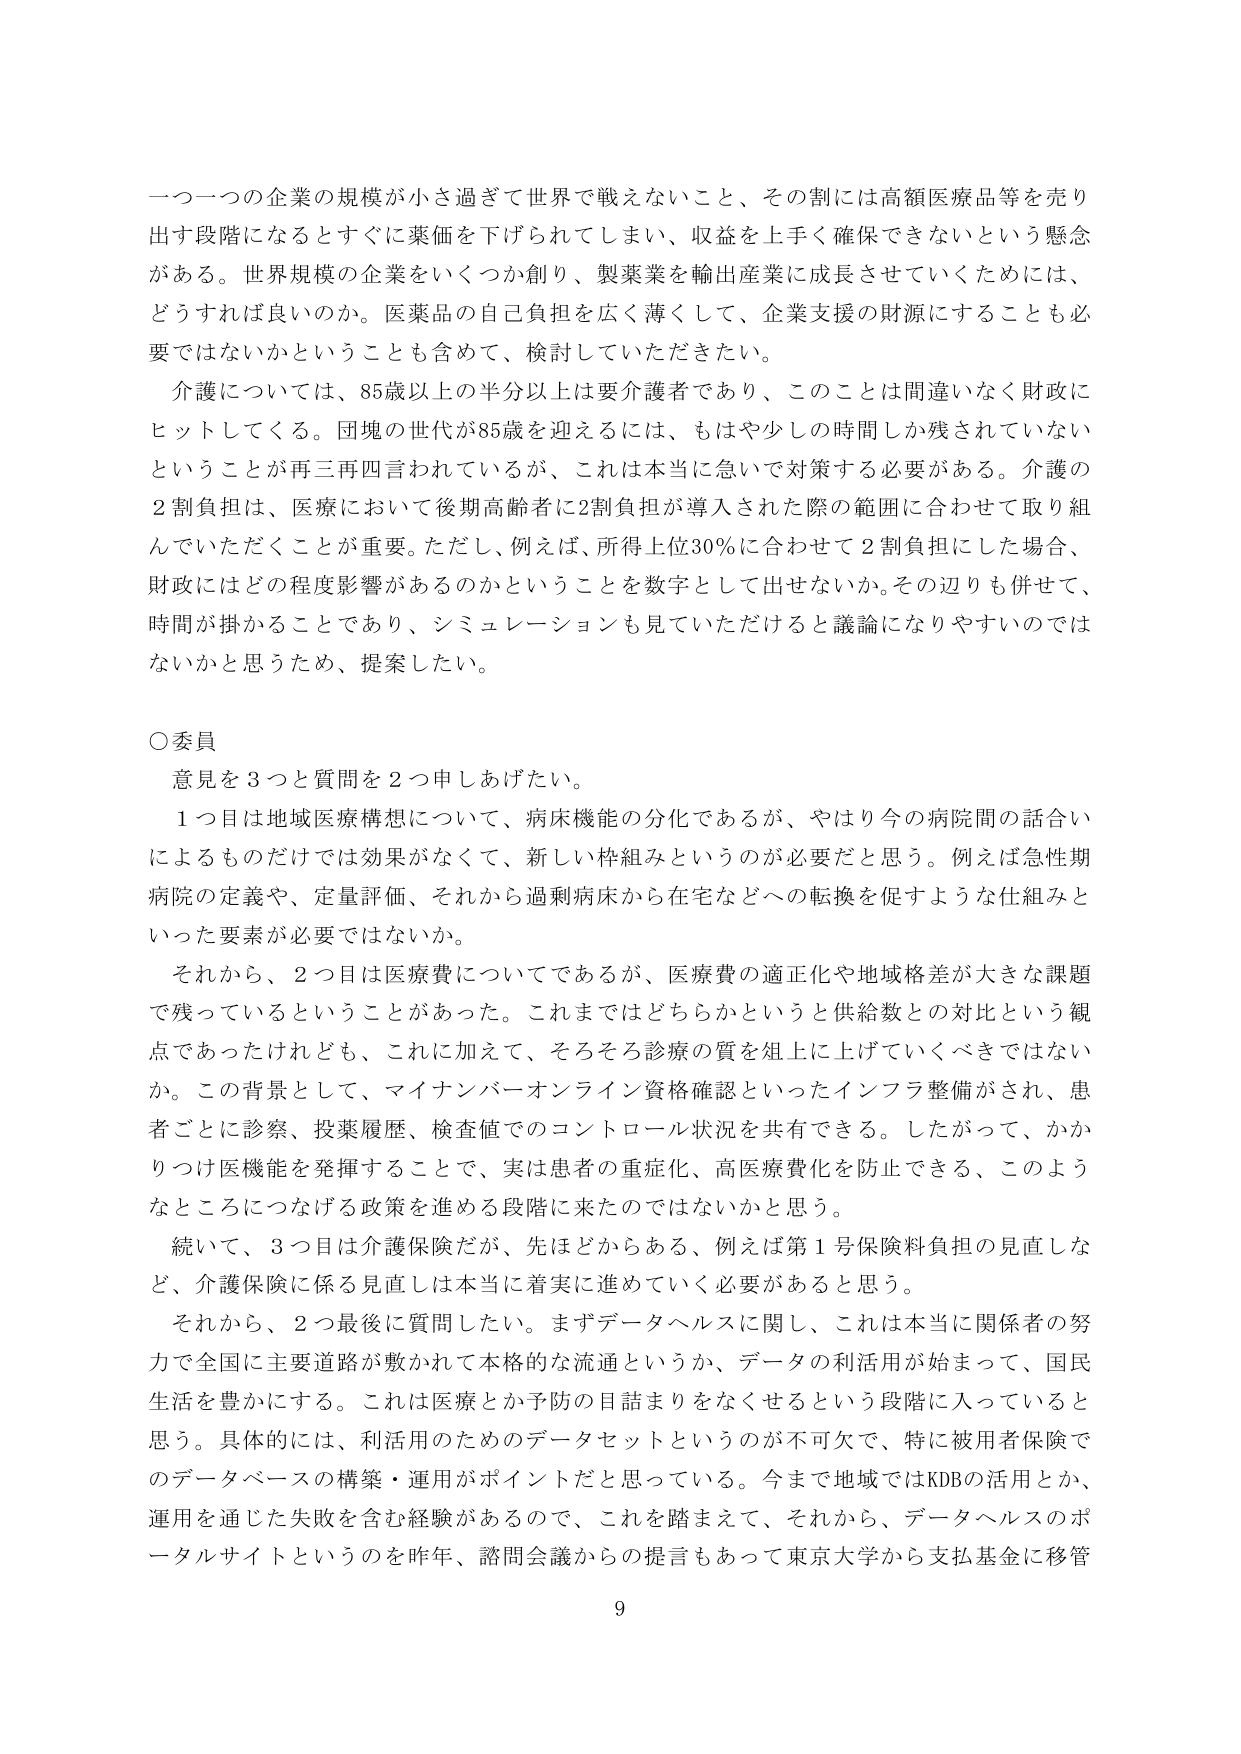
一つ一つの企業の規模が小さ過ぎて世界で戦えないこと、その割には高額医療品等を売り出す段階になるとすぐに業価を下げられてしまい、収益を上手く確保できないという懸念がある。世界規模の企業をいくつか創り、製薬業を輸出産業に成長させていくためには、どうすれば良いのか。医薬品の自己負担を広く薄くして、企業支援の財源にすることも必要ではないかということも含めて、検討していただきたい。

介護については、85歳以上の半分以上は要介護者であり、このことは間違いなく財政にヒットしてくる。団塊の世代が85歳を迎えるには、もはや少しの時間しか残されていないということが再三再四言われているが、これは本当に急いで対策する必要がある。介護の2割負担は、医療において後期高齢者に2割負担が導入された際の範囲に合わせて取り組んでいただくことが重要。ただし、例えば、所得上位30％に合わせて2割負担にした場合、財政にはどの程度影響があるのかということを数字として出せないか。その辺りも併せて、時間が掛かることであり、シミュレーションも見ていただけると議論になりやすいのではないかと思うため、提案したい。

○委員

意見を3つと質問を2つ申しあげたい。

1つ目は地域医療構想について、病床機能の分化であるが、やはり今の病院の話合いによるものだけでは効果がなくて、新しい枠組みというのが必要だと思う。例えば急性期病院の定義や、定量評価、それから過剰病床から在宅などへの転換を促すような仕組みといった要素が必要ではないか。

それから、2つ目は医療費についてであるが、医療費の適正化や地域格差が大きな課題で残っているということがあった。これまではどちらかというと供給数との対比という観点であったけれども、これに加えて、そろそろ診療の質を俎上に上げていくべきではないか。この背景として、マイナンバーオンライン資格確認といったインフラ整備がされ、患者ごとに診察、投薬履歴、検査値でのコントロール状況を共有できる。したがって、かかわりつけ医機能を発揮することで、実は患者の重症化、高医療費化を防止できる、このようなところにつなげる政策を進める段階に来たのではないかと思う。

続いて、3つ目は介護保険だが、先ほどからある、例えば第1号保険料負担の見直しなど、介護保険に係る見直しは本当に着実に進めていく必要があると思う。

それから、2つ最後に質問したい。まずデータヘルスに関し、これは本格に関係者の努力で全国に主要道路が敷かれて本格的な流通というか、データの利活用が始まって、国民生活を豊かにする。これは医療とか予防の目詰まりをなくせるという段階に入っていると思う。具体的には、利活用のためのデータセットというのが不可欠で、特に被用者保険でのデータベースの構築・運用がポイントだと思っている。今まで地域ではKDBの活用とか、運用を通じた失敗を含む経験があるので、これを踏まえて、それから、データヘルスのポータルサイトというのを昨年、諮問会議からの提言もあって東京大学から支払基金に移管

9